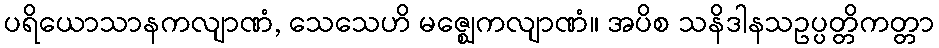
ပရိယောသာနကလျာဏံ, သေသေဟိ မဇ္ဈေကလျာဏံ။ အပိစ သနိဒါနသဥပ္ပတ္တိကတ္တာ